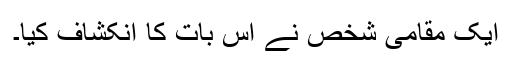
ایک مقامی شخص نے اس بات کا انکشاف کیا۔